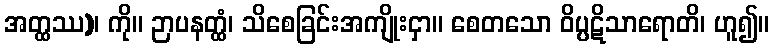
အတ္ထဿ)၊ ကို။ ဉာပနတ္ထံ၊ သိစေခြင်းအကျိုးငှာ။ စေတသော ဝိပ္ပဋိသာရောတိ၊ ဟူ၍။